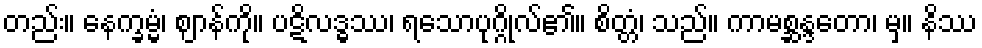
တည်း။ နေက္ခမ္မံ၊ ဈာန်ကို။ ပဋိလဒ္ဓဿ၊ ရသောပုဂ္ဂိုလ်၏။ စိတ္တံ၊ သည်။ ကာမစ္ဆန္ဒတော၊ မှ။ နိဿ